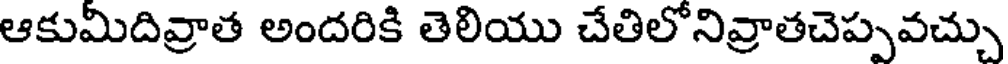
ఆకుమిదివ్రాత అందరికి తెలియు చేతిలోనివ్రాతచెప్పవచ్చు